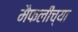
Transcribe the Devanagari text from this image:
मैफलींच्या